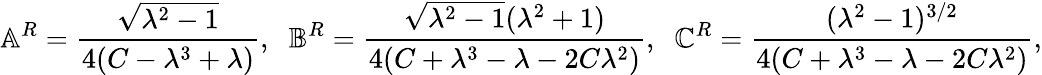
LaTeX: \mathbb{A}^{R}=\frac{\sqrt{\lambda^{2}-1}}{4(C-\lambda^{3}+\lambda)},\; \; \mathbb{B}^{R}=\frac{\sqrt{\lambda^{2}-1}(\lambda^{2}+1)}{4(C+\lambda^{3}-\lambda-2C\lambda^{2})},\; \; \mathbb{C}^{R}=\frac{(\lambda^{2}-1)^{3/2}}{4(C+\lambda^{3}-\lambda-2C\lambda^{2})},